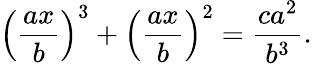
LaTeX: \left({\frac{ax}{b}}\right)^{3}+\left({\frac{ax}{b}}\right)^{2}={\frac{ca^{2}}{b^{3}}}.